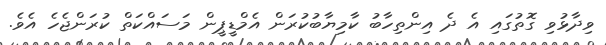
ވިދާޅުވި ގޮތުގައި އެ ދެ އިންތިހާބު ކާމިޔާބުކުރަން އެމްޑީޕީން މަސައްކަތް ކުރަންޖެހެ އެވެ.